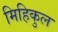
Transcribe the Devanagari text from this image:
मिहिकुल